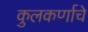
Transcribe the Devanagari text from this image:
कुलकर्णाचे